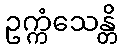
ဥက္ကံသေန္တိ